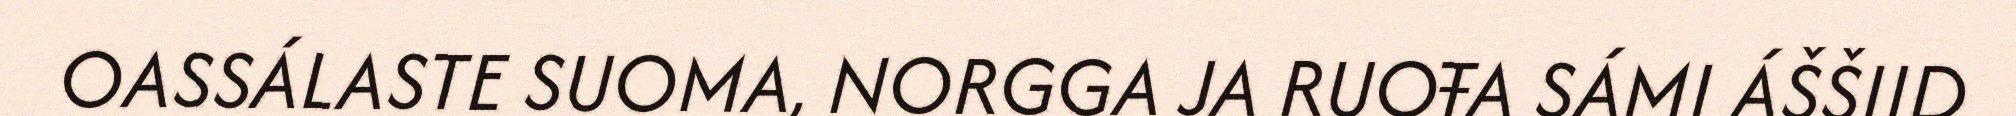
OASSÁLASTE SUOMA, NORGGA JA RUOŦA SÁMI ÁŠŠIID